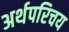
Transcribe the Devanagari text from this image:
अर्थपरिचय